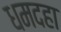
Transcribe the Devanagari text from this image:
धमदहा